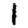
Digit: 1